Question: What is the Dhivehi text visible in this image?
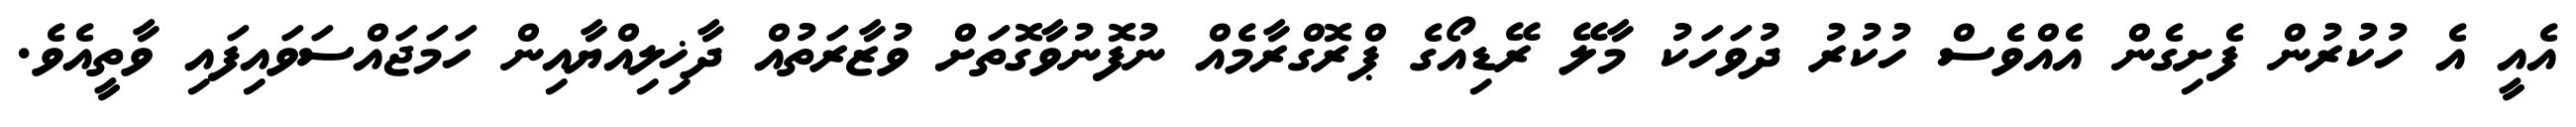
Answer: އެއީ އެ ހުކުރުން ފެށިގެން އެއްވެސް ހުކުރު ދުވަހަކު މާލޭ ރޭޑިއޯގެ ޕްރޮގްރާމެއް ނުފޮނުވާގޮތަށް ވުޒާރަތުއް ދާޚިލިއްޔާއިން ހަމަޖައްސަވައިފައި ވާތީއެވެ.